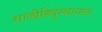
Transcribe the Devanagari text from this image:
सालीहिंदुस्थानात